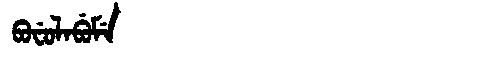
Manchu: ᠪᠣᠸᡠᠯᠠᠪᡠᠮᡝ
Romanization: BOFULABUME